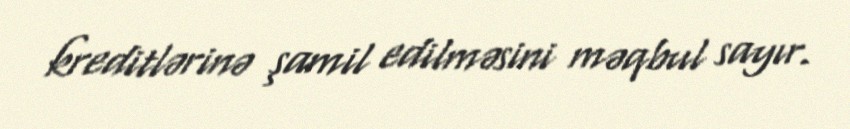
kreditlərinə şamil edilməsini məqbul sayır.